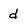
Character: d